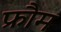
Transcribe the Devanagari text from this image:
फ्रौम